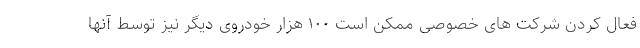
فعال کردن شرکت های خصوصی ممکن است ۱۰۰ هزار خودروی دیگر نیز توسط آنها